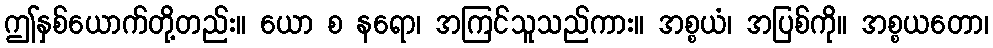
ဤနှစ်ယောက်တို့တည်း။ ယော စ နရော၊ အကြင်သူသည်ကား။ အစ္စယံ၊ အပြစ်ကို။ အစ္စယတော၊